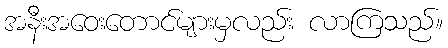
အနီးအဝေးတောင်များမှလည်း လာကြသည်။